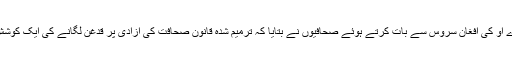
وی اے او کی افغان سروس سے بات کرتے ہوئے صحافیوں نے بتایا کہ ترمیم شدہ قانون صحافت کی آزادی پر قدغن لگانے کی ایک کوشش ہے۔